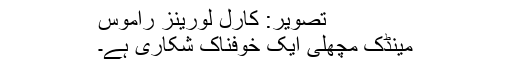
تصویر: کارل لورینز راموس
مینڈک مچھلی ایک خوفناک شکاری ہے۔